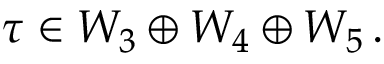
\tau \in { \cal W } _ { 3 } \oplus { \cal W } _ { 4 } \oplus { \cal W } _ { 5 } \, .